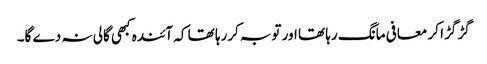
گڑ گڑا کر معافی مانگ رہا تھا اور توبہ کررہا تھا کہ آئندہ کبھی گالی نہ دے گا۔